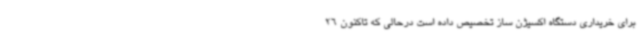
برای خریداری دستگاه اکسیژن ساز تخصیص داده است درحالی که تاکنون 26